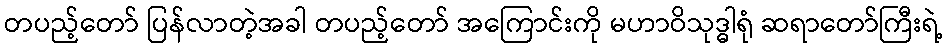
တပည့်တော် ပြန်လာတဲ့အခါ တပည့်တော် အကြောင်းကို မဟာဝိသုဒ္ဓါရုံ ဆရာတော်ကြီးရဲ့